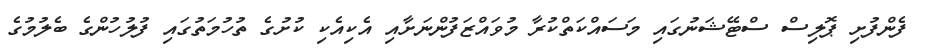
ފެންފުށި ޕޮލިސް ސްޓޭޝަނުގައި މަސައްކަތްކުރާ މުވައްޒަފުންނަށާއި އެކިއެކި ކުށުގެ ތުހުމަތުގައި ފުލުހުުންގެ ބެލުމުގެ